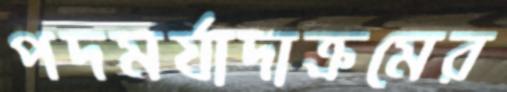
পদমর্যাদাক্রমের